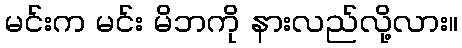
မင်းက မင်း မိဘကို နားလည်လို့လား။